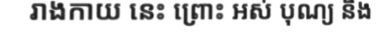
រាងកាយ នេះ ព្រោះ អស់ បុណ្យ និង